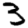
Digit: 3